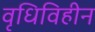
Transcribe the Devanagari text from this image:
वृधिविहीन